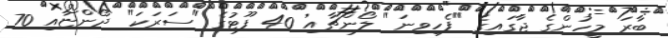
ބާރަ މީހުންގެ ޖާގައިގެ "ފެހިވިނަ" ލޯންޗާއި 40 ފޫޓުގެ "ސަރަކަ" ދޯންޏާއި 70